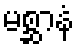
မစ္ဆာနံ